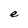
Character: e